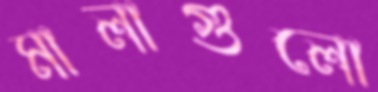
মালাগুলো